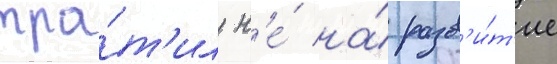
тра́т'ил н'е́ на́ разв'и́т'ие